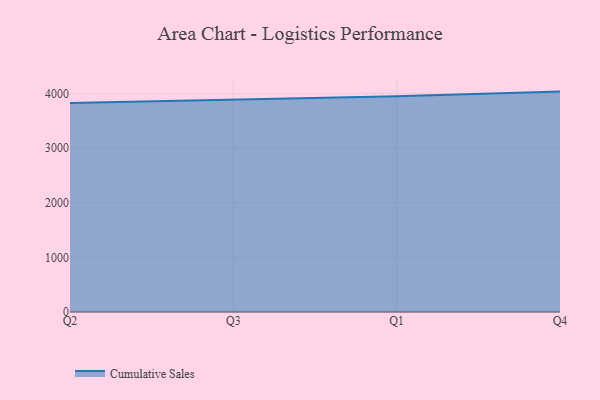
{"axis": {"x": "Quarter", "y": "Shipments"}, "legend": ["Cumulative Sales"], "data": [{"x": "Q2", "y": 3828.0, "type": "Cumulative Sales"}, {"x": "Q3", "y": 3891.7, "type": "Cumulative Sales"}, {"x": "Q1", "y": 3949.3, "type": "Cumulative Sales"}, {"x": "Q4", "y": 4036.7, "type": "Cumulative Sales"}]}